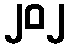
၂၀၂